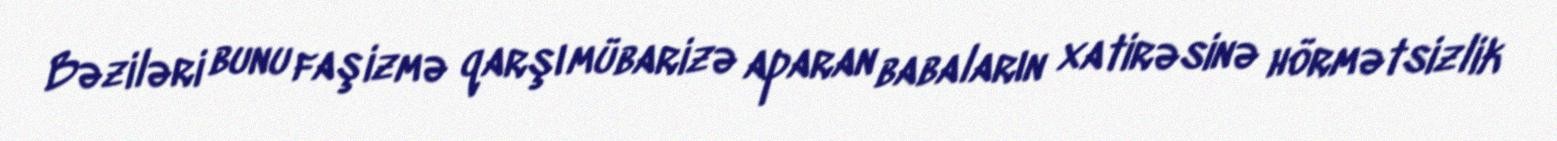
Bəziləri bunu faşizmə qarşı mübarizə aparan babaların xatirəsinə hörmətsizlik